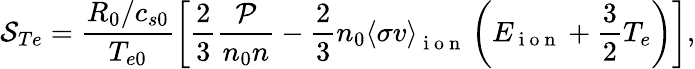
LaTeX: \mathcal{S}_{Te}=\frac{R_{0}/c_{s0}}{T_{e0}}\left[\frac{2}{3}\frac{\mathcal{P}}{n_{0}n}-\frac{2}{3}n_{0}\left<\sigma v\right>_{\mathrm{~i~o~n~}}\left(E_{\mathrm{~i~o~n~}}+\frac{3}{2}T_{e}\right)\right],